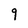
Character: 9